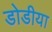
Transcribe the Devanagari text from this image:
डोडीया